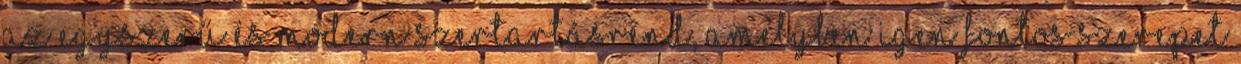
az egyszerű és modern szertartásrend, amelyben igen fontos szerepet